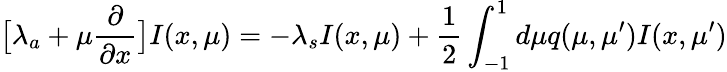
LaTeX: \big[\lambda_{a}+\mu\frac{\partial}{\partial x}\big]I(x,\mu)=-\lambda_{s}I(x,\mu)+\frac{1}{2}\int_{-1}^{1}d\mu q(\mu,\mu^{\prime})I(x,\mu^{\prime})